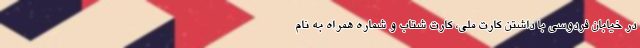
در خیابان فردوسی با داشتن کارت ملی، کارت شتاب و شماره همراه به نام